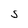
Character: S